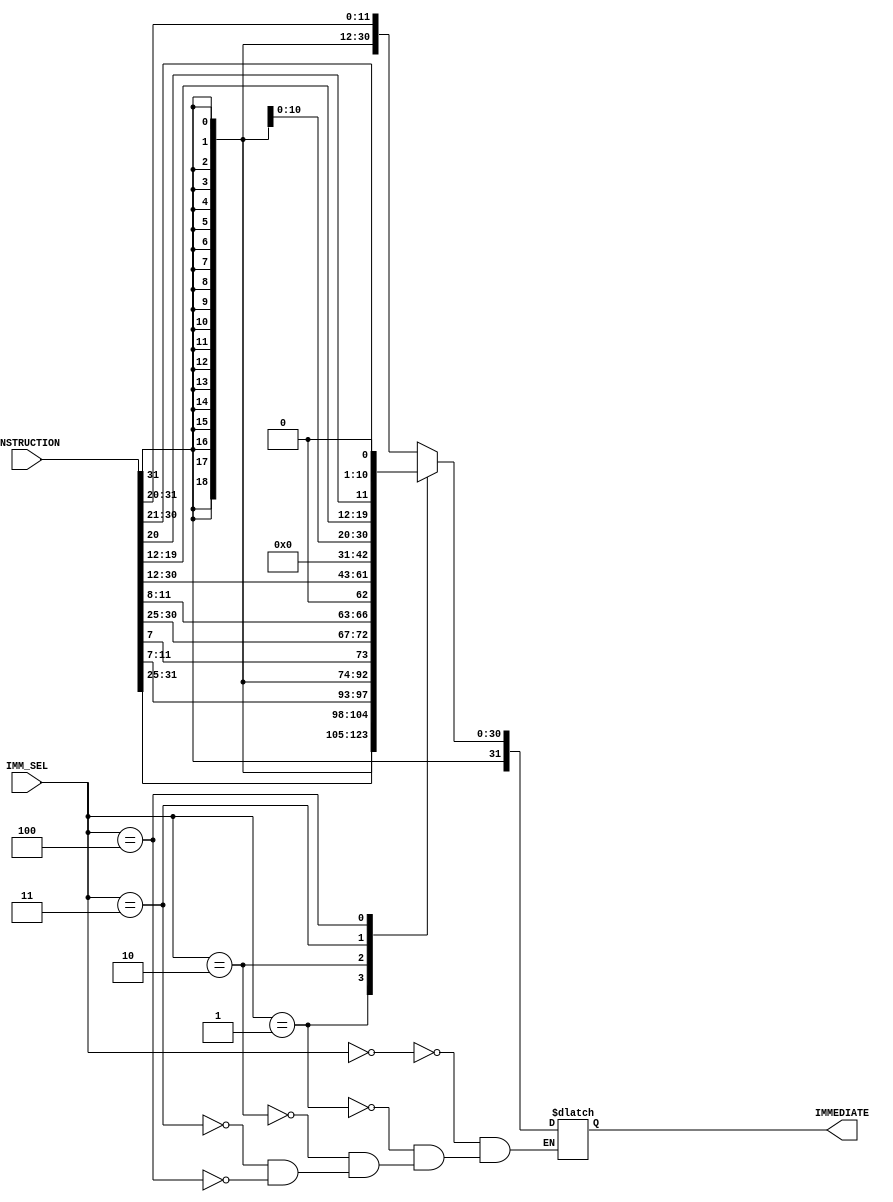
module Immediate_encoder (
    input [31:0] INSTRUCTION,
    input [2:0] IMM_SEL,

    output reg [31:0] IMMEDIATE
);

    always @(*) begin
        #3;
        case (IMM_SEL)
            3'b000: IMMEDIATE = {{21{INSTRUCTION[31]}}, INSTRUCTION[30:20]}; // I_type
            3'b001: IMMEDIATE = {{21{INSTRUCTION[31]}}, {INSTRUCTION[30:25], INSTRUCTION[11:7]}}; // S_type
            3'b010: IMMEDIATE = {{20{INSTRUCTION[31]}}, INSTRUCTION[7], INSTRUCTION[30:25], INSTRUCTION[11:8], {1'b0}}; // B_type
            3'b011: IMMEDIATE = {INSTRUCTION[31:12], {12{1'b0}}}; // U_type
            3'b100: IMMEDIATE = {{12{INSTRUCTION[31]}}, INSTRUCTION[19:12], INSTRUCTION[20], INSTRUCTION[30:21], {1'b0}}; // J_type
        endcase
    end

endmodule